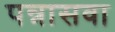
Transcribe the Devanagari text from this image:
पन्नासवा